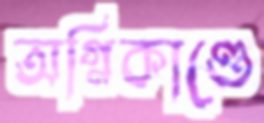
অগ্নিকাণ্ডে